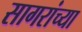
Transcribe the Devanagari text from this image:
सागरांच्या